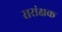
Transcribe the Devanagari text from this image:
सरांक्षक